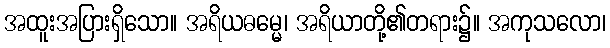
အထူးအပြားရှိသော။ အရိယဓမ္မေ၊ အရိယာတို့၏တရား၌။ အကုသလော၊